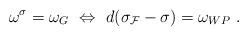
LaTeX: \begin{align*}\omega^{\sigma} = \omega_G ~ \Leftrightarrow ~ d(\sigma_{\cal F} - \sigma) = \omega_{WP}~.\end{align*}